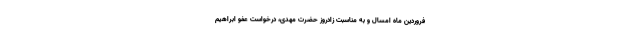
فروردین ماه امسال و به مناسبت زادروز حضرت مهدی، درخواست عفو ابراهیم